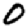
Digit: 0